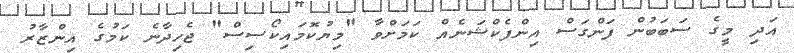
އަދި މީގެ ސަބަބުން ފަންގަސް އިންފެކްޝަނެއް ކަމަށްވާ "މިޔުކޮމައިކޯސިސް" ޖެހިދާނެ ކަމުގެ އިންޒާރު